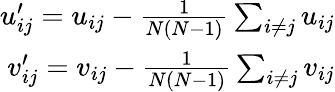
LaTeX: \begin{array}{r}{u_{ij}^{\prime}=u_{ij}-\frac{1}{N(N-1)}\sum_{i\neq j}u_{ij}}\\ {v_{ij}^{\prime}=v_{ij}-\frac{1}{N(N-1)}\sum_{i\neq j}v_{ij}}\end{array}